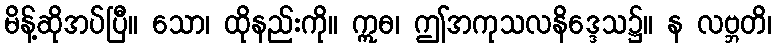
မိန့်ဆိုအပ်ပြီ။ သော၊ ထိုနည်းကို။ ဣဓ၊ ဤအကုသလနိဒ္ဒေသ၌။ န လဗ္ဘတိ၊